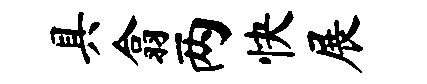
具翕两快展